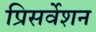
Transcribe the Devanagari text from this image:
प्रिसर्वेशन